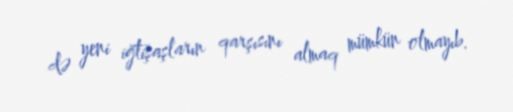
də yeni iğtişaşların qarşısını almaq mümkün olmayıb.